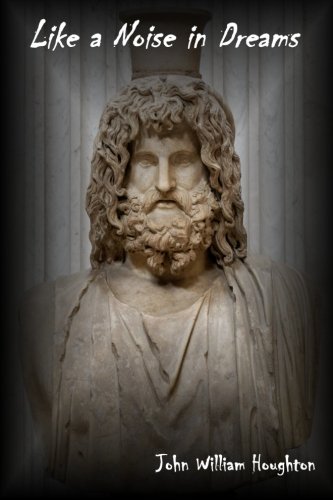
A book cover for Like a Noise in Dreams; John William Houghton; Science Fiction & Fantasy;